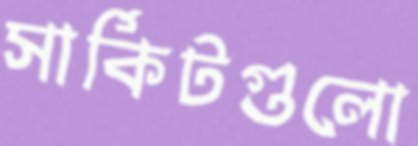
সার্কিটগুলো